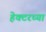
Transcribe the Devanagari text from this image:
हेक्टरच्या